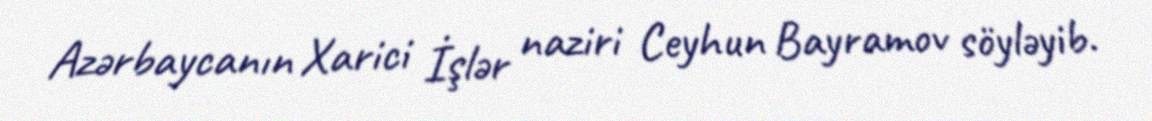
Azərbaycanın Xarici İşlər naziri Ceyhun Bayramov söyləyib.